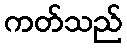
ကတ်သည်